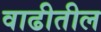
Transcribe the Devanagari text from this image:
वाढीतील